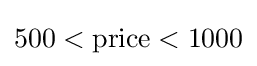
500<{\text{price}}<1000